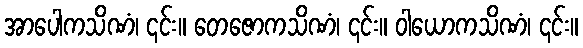
အာပေါကသိဏံ၊ ၎င်း။ တေဇောကသိဏံ၊ ၎င်း။ ဝါယောကသိဏံ၊ ၎င်း။